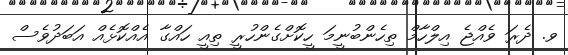
ވ. ދެރަ ވެއްޖެ އިލްހާމް ތިހެންބުނީމަ ހީކޮށްގެންހުރީ ތިއީ ހައްގާ އެއްކޮޅެއް އަބަދުވެސް